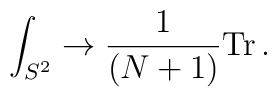
\int_{S^2} \to {1\over (N+1)} {\rm Tr}\, .